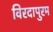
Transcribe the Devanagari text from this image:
विरदापुरम